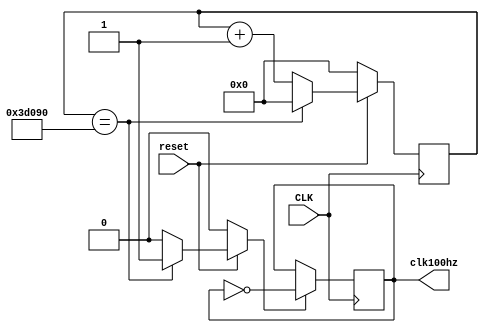
module clk100(input CLK, input reset, output wire clk100hz);
reg [19:0] count;
reg [19:0] c_count;
reg go;

always @ (*) begin
	go=1'b0;
	if(count==20'h3D090)begin
		c_count=20'h00_000;
		go=1'b1;
	end
	else 
		c_count=count+1;	
	if(reset==1'b0)begin 
		c_count=20'h00_000;
		go=1'b0;
	end
end

always @(posedge CLK) begin
	count<=c_count;
end 
assign go1=go;

reg c_clk,clk;
always @(*)begin 
		c_clk=~clk;
end

always @(posedge CLK) begin
	if( go==1'b1)
	clk<=c_clk;
end
assign clk100hz=clk;

endmodule